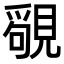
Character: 𧡳